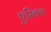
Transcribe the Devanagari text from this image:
एरिक्स